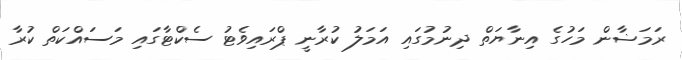
ރަމަޟާން މަހުގެ އިނާޔަތް ދިނުމުގައި އަމަލު ކުރާނީ ޕްރައިވެޓު ސެކްޓާގައި މަސައްކަތް ކުރާ